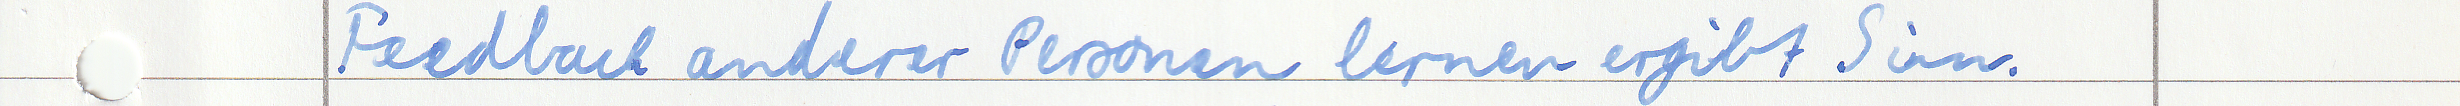
Feedback anderer Personen lernen ergibt Sinn.